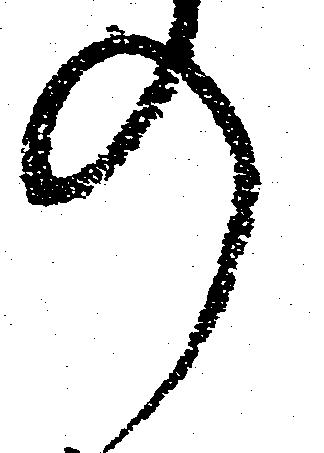
の